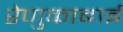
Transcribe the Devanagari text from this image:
रेणुकाबाई